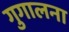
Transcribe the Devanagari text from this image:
गुगालना